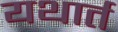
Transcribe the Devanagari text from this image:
यथार्त